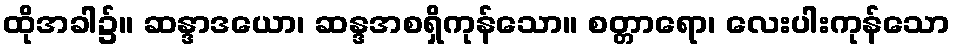
ထိုအခါ၌။ ဆန္ဒာဒယော၊ ဆန္ဒအစရှိကုန်သော။ စတ္တာရော၊ လေးပါးကုန်သော